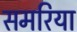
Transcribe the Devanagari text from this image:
समरिया